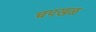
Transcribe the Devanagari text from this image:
चपखळ